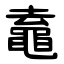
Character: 鼁